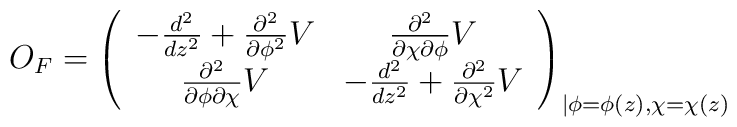
O_F=\left(\begin{array}{cc}-\frac{d^2}{dz^2} +\frac{\partial^2}{\partial\phi^2}V &\frac{\partial^2}{\partial \chi\partial\phi}V \\ \frac{\partial^2}{\partial \phi\partial\chi}V &-\frac{d^2}{dz^2} +\frac{\partial^2}{\partial\chi^2}V\end{array}\right)_{\vert\phi =\phi(z), \chi =\chi(z) }